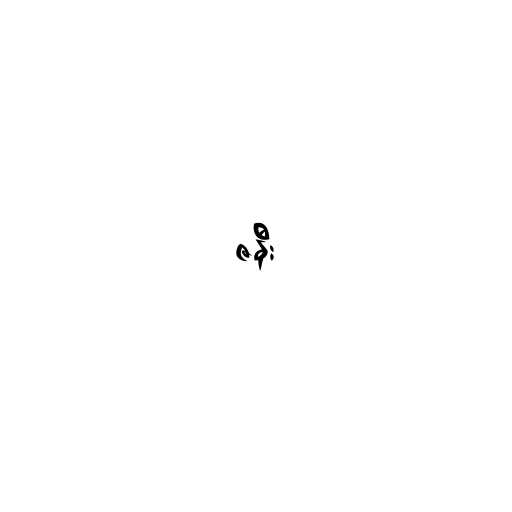
ဇနီး